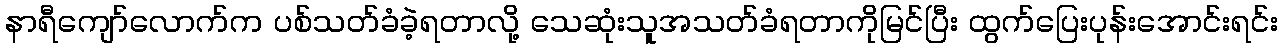
နာရီကျော်လောက်က ပစ်သတ်ခံခဲ့ရတာလို့ သေဆုံးသူအသတ်ခံရတာကိုမြင်ပြီး ထွက်ပြေးပုန်းအောင်းရင်း